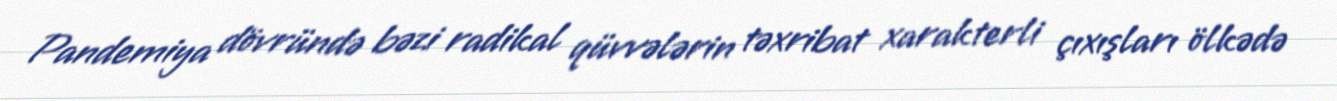
Pandemiya dövründə bəzi radikal qüvvələrin təxribat xarakterli çıxışları ölkədə